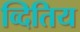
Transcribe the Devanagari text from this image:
व्दितिय